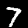
Label: 7